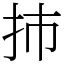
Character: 㧊